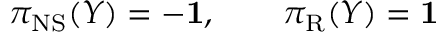
\pi _ { \mathrm { N S } } ( Y ) = - { \bf 1 } , \qquad \pi _ { \mathrm { R } } ( Y ) = { \bf 1 }